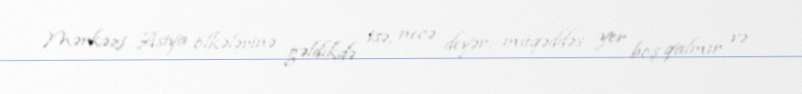
Mərkəzi Asiya ölkələrinə gəldikdə isə, necə deyər, müqəddəs yer boş qalmır və